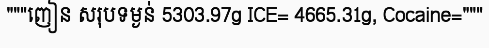
"""ញៀន សរុបទម្ងន់ 5303.97g ICE= 4665.31g, Cocaine="""